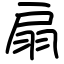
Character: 扇